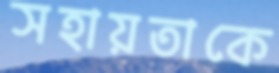
সহায়তাকে